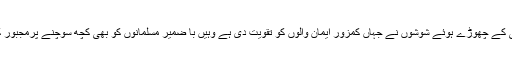
مولانا مفتی کے چھوڑے ہوئے شوشوں نے جہاں کمزور ایمان والوں کو تقویت دی ہے وہیں با ضمیر مسلمانوں کو بھی کچھ سوچنے پرمجبور کر دیا ہے۔